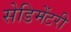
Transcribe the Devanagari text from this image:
सेडिमेंटरी